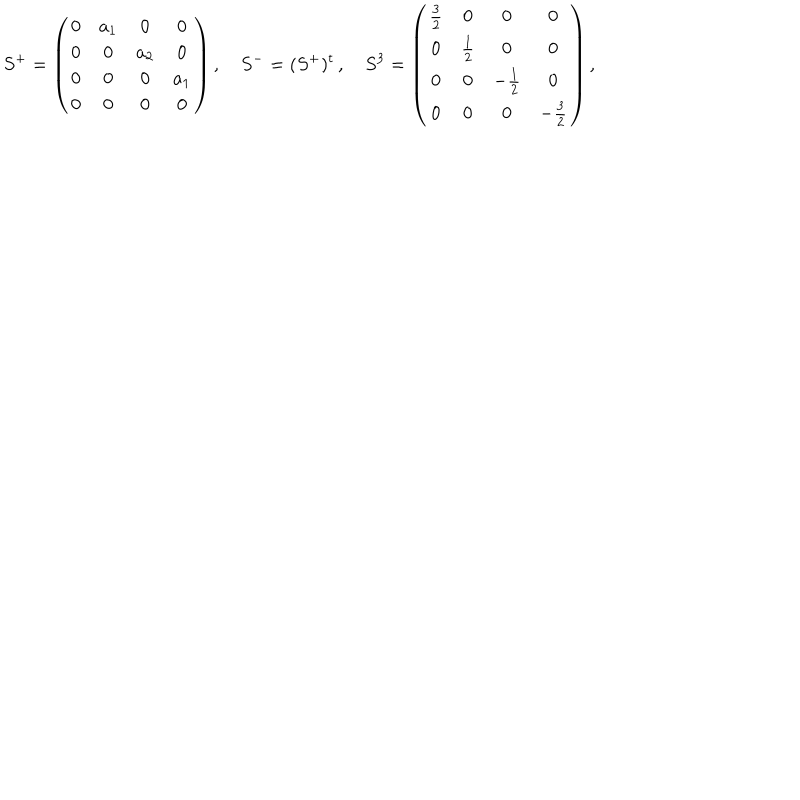
LaTeX: S ^ { + } = \left( \begin{array} { c c c c } { { 0 } } & { { a _ { 1 } } } & { { 0 } } & { { 0 } } \\ { { 0 } } & { { 0 } } & { { a _ { 2 } } } & { { 0 } } \\ { { 0 } } & { { 0 } } & { { 0 } } & { { a _ { 1 } } } \\ { { 0 } } & { { 0 } } & { { 0 } } & { { 0 } } \\ \end{array} \right) , \quad S ^ { - } = ( S ^ { + } ) ^ { t } \, , \quad S ^ { 3 } = \left( \begin{array} { c c c c } { { \frac 3 2 } } & { { 0 } } & { { 0 } } & { { 0 } } \\ { { 0 } } & { { \frac 1 2 } } & { { 0 } } & { { 0 } } \\ { { 0 } } & { { 0 } } & { { - \frac 1 2 } } & { { 0 } } \\ { { 0 } } & { { 0 } } & { { 0 } } & { { - \frac 3 2 } } \\ \end{array} \right) ,